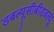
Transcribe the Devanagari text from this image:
डबल्यूसीबीडबल्यू